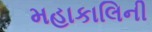
મહાકાલિની